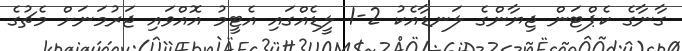
ގާނާގެ ކެޕްޓަން ޖިޔާންގެ ލަނޑާއެކު 2-1 ލީޑެއްގައި އެޓީމު އޮއްވައި ޖަރުމަނަށް މެޗުގެ